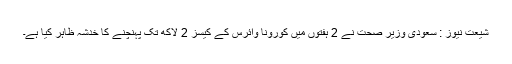
شیعت نیوز : سعودی وزیر صحت نے 2 ہفتوں میں کورونا وائرس کے کیسز 2 لاکھ تک پہنچنے کا خدشہ ظاہر کیا ہے۔